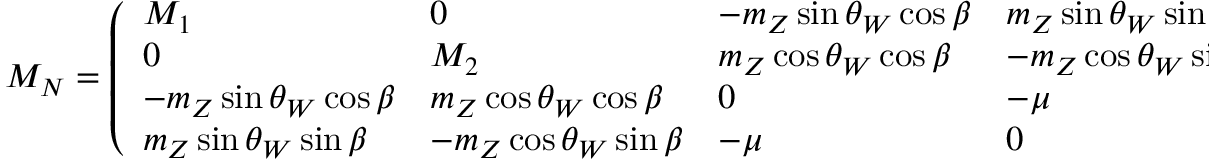
{ \cal M } _ { \cal N } = \left( \begin{array} { l l l l } { { M _ { 1 } } } & { { 0 } } & { { - m _ { Z } \sin \theta _ { W } \cos \beta } } & { { m _ { Z } \sin \theta _ { W } \sin \beta } } \\ { { 0 } } & { { M _ { 2 } } } & { { m _ { Z } \cos \theta _ { W } \cos \beta } } & { { - m _ { Z } \cos \theta _ { W } \sin \beta } } \\ { { - m _ { Z } \sin \theta _ { W } \cos \beta } } & { { m _ { Z } \cos \theta _ { W } \cos \beta } } & { { 0 } } & { { - \mu } } \\ { { m _ { Z } \sin \theta _ { W } \sin \beta } } & { { - m _ { Z } \cos \theta _ { W } \sin \beta } } & { { - \mu } } & { { 0 } } \end{array} \right) \; ,